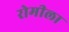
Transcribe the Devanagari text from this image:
रोमीला